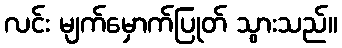
လင်း မျက်မှောက်ပြုတ် သွားသည်။